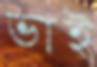
ভাই